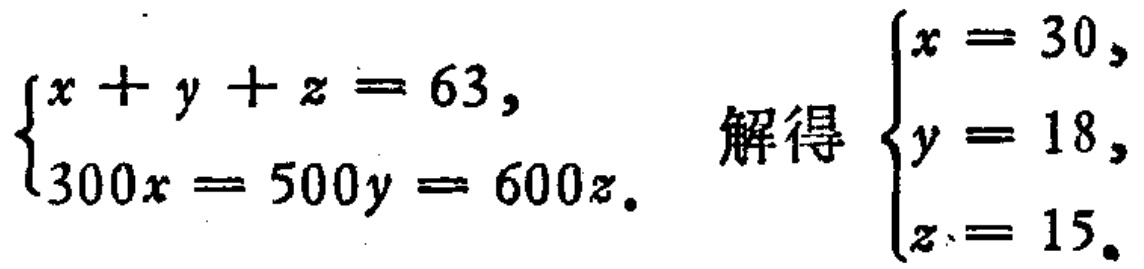
\[\begin{cases}
x + y + z = 63,\\
300x = 500y = 600z.
\end{cases}
\quad
\text{解得}
\quad
\begin{cases}
x = 30,\\
y = 18,\\
z = 15.
\end{cases}\]